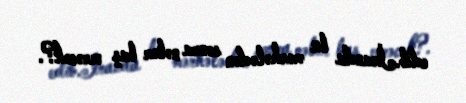
edib.İranda bu mərhələdən sonra nələr baş verəcək?.